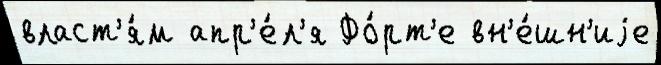
власт'я́м апр'е́л'я Фо́рт'е вн'е́шн'иjе